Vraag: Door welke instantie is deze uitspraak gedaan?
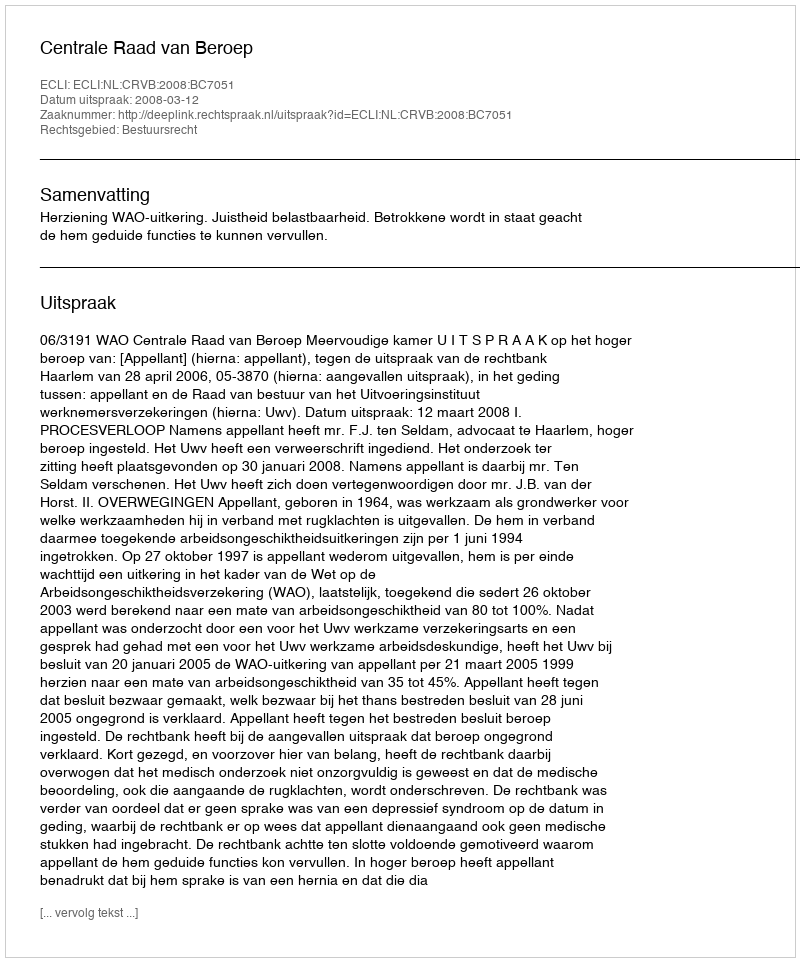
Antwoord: Centrale Raad van Beroep